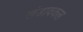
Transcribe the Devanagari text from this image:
खंडावकल